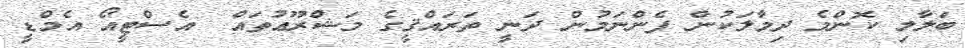
ބަލާލި ކޮންމެ ދިމާލަކުން ފެންނަމުން ދަނީ ތަރައްޤީގެ މަޝްރޫޢުތައް  އެސްޓީއޯ އެމްޑީ